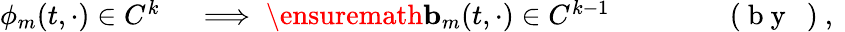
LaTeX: \begin{array}{rlrl}{\phi_{m}(t,\cdot)\in C^{k}}&{{}\implies\ensuremath{\mathbf{b}}_{m}(t,\cdot)\in C^{k-1}}&{}&{{}\qquad\mathrm{~(~b~y~~~)~,~}}\end{array}